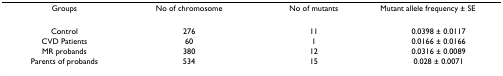
<table><thead><tr><td><b>Groups</b></td><td><b>No of chromosome</b></td><td><b>No of mutants</b></td><td><b>Mutant allele frequency ± SE</b></td></tr></thead><tbody><tr><td>Control</td><td>276</td><td>11</td><td>0.0398 ± 0.0117</td></tr><tr><td>CVD Patients</td><td>60</td><td>1</td><td>0.0166 ± 0.0166</td></tr><tr><td>MR probands</td><td>380</td><td>12</td><td>0.0316 ± 0.0089</td></tr><tr><td>Parents of probands</td><td>534</td><td>15</td><td>0.028 ± 0.0071</td></tr></tbody></table>